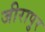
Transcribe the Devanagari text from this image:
जीरापुर